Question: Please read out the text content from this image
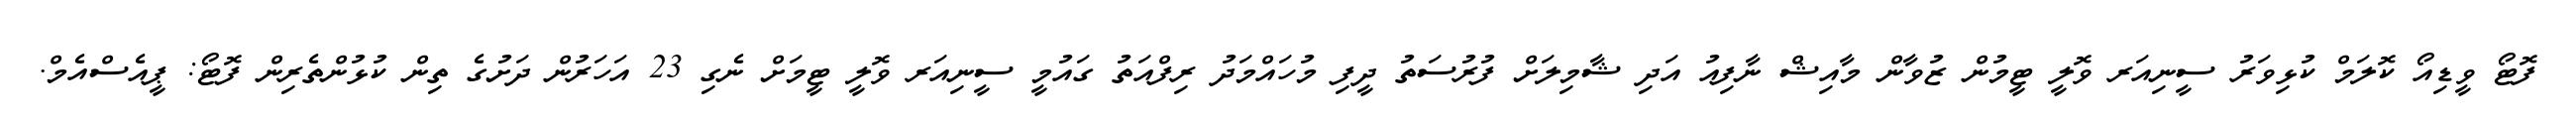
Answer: ފޮޓޯ ވީޑިއޯ ކޮލަމް ކުޅިވަރު ސީނިއަރ ވޮލީ ޓީމުން ޒުވާން މާއިޝް ނާފިއު އަދި ޝާމިލަށް ފުރުސަތު ދީފި މުހައްމަދު ރިފްއަތު ގައުމީ ސީނިއަރ ވޮލީ ޓީމަށް ނެގި 23 އަހަރުން ދަށުގެ ތިން ކުޅުންތެރިން ފޮޓޯ: ޕީއެސްއެމް.